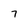
Character: 7